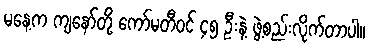
မနေ့က ကျနော်တို့ ကော်မတီဝင် ၄၅ ဦးနဲ့ ဖွဲ့စည်းလိုက်တာပါ။